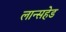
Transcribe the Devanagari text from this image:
लान्सहेड